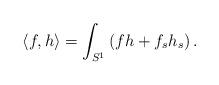
LaTeX: \begin{align*}\langle f,h\rangle=\int_{S^{1}}\left( f h +f_{s} h_{s}\right).\end{align*}